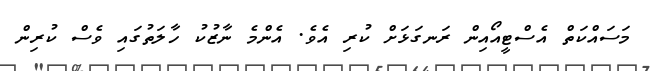
މަސައްކަތް އެސްޓީއޯއިން ރަނގަަޅަށް ކުރި އެވެެ. އެންމެ ނާޒުކު ހާލަތުގައި ވެސް ކުރިން